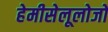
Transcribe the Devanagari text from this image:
हेमीसेलूलोजों